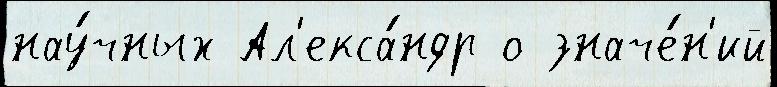
нау́чных Ал'екса́ндр о значе́н'ий